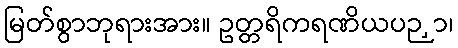
မြတ်စွာဘုရားအား။ ဥတ္တရိကရဏိယပဉှာ၊